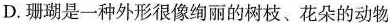
D.珊瑚是一种外形很像绚丽的树枝、花朵的动物